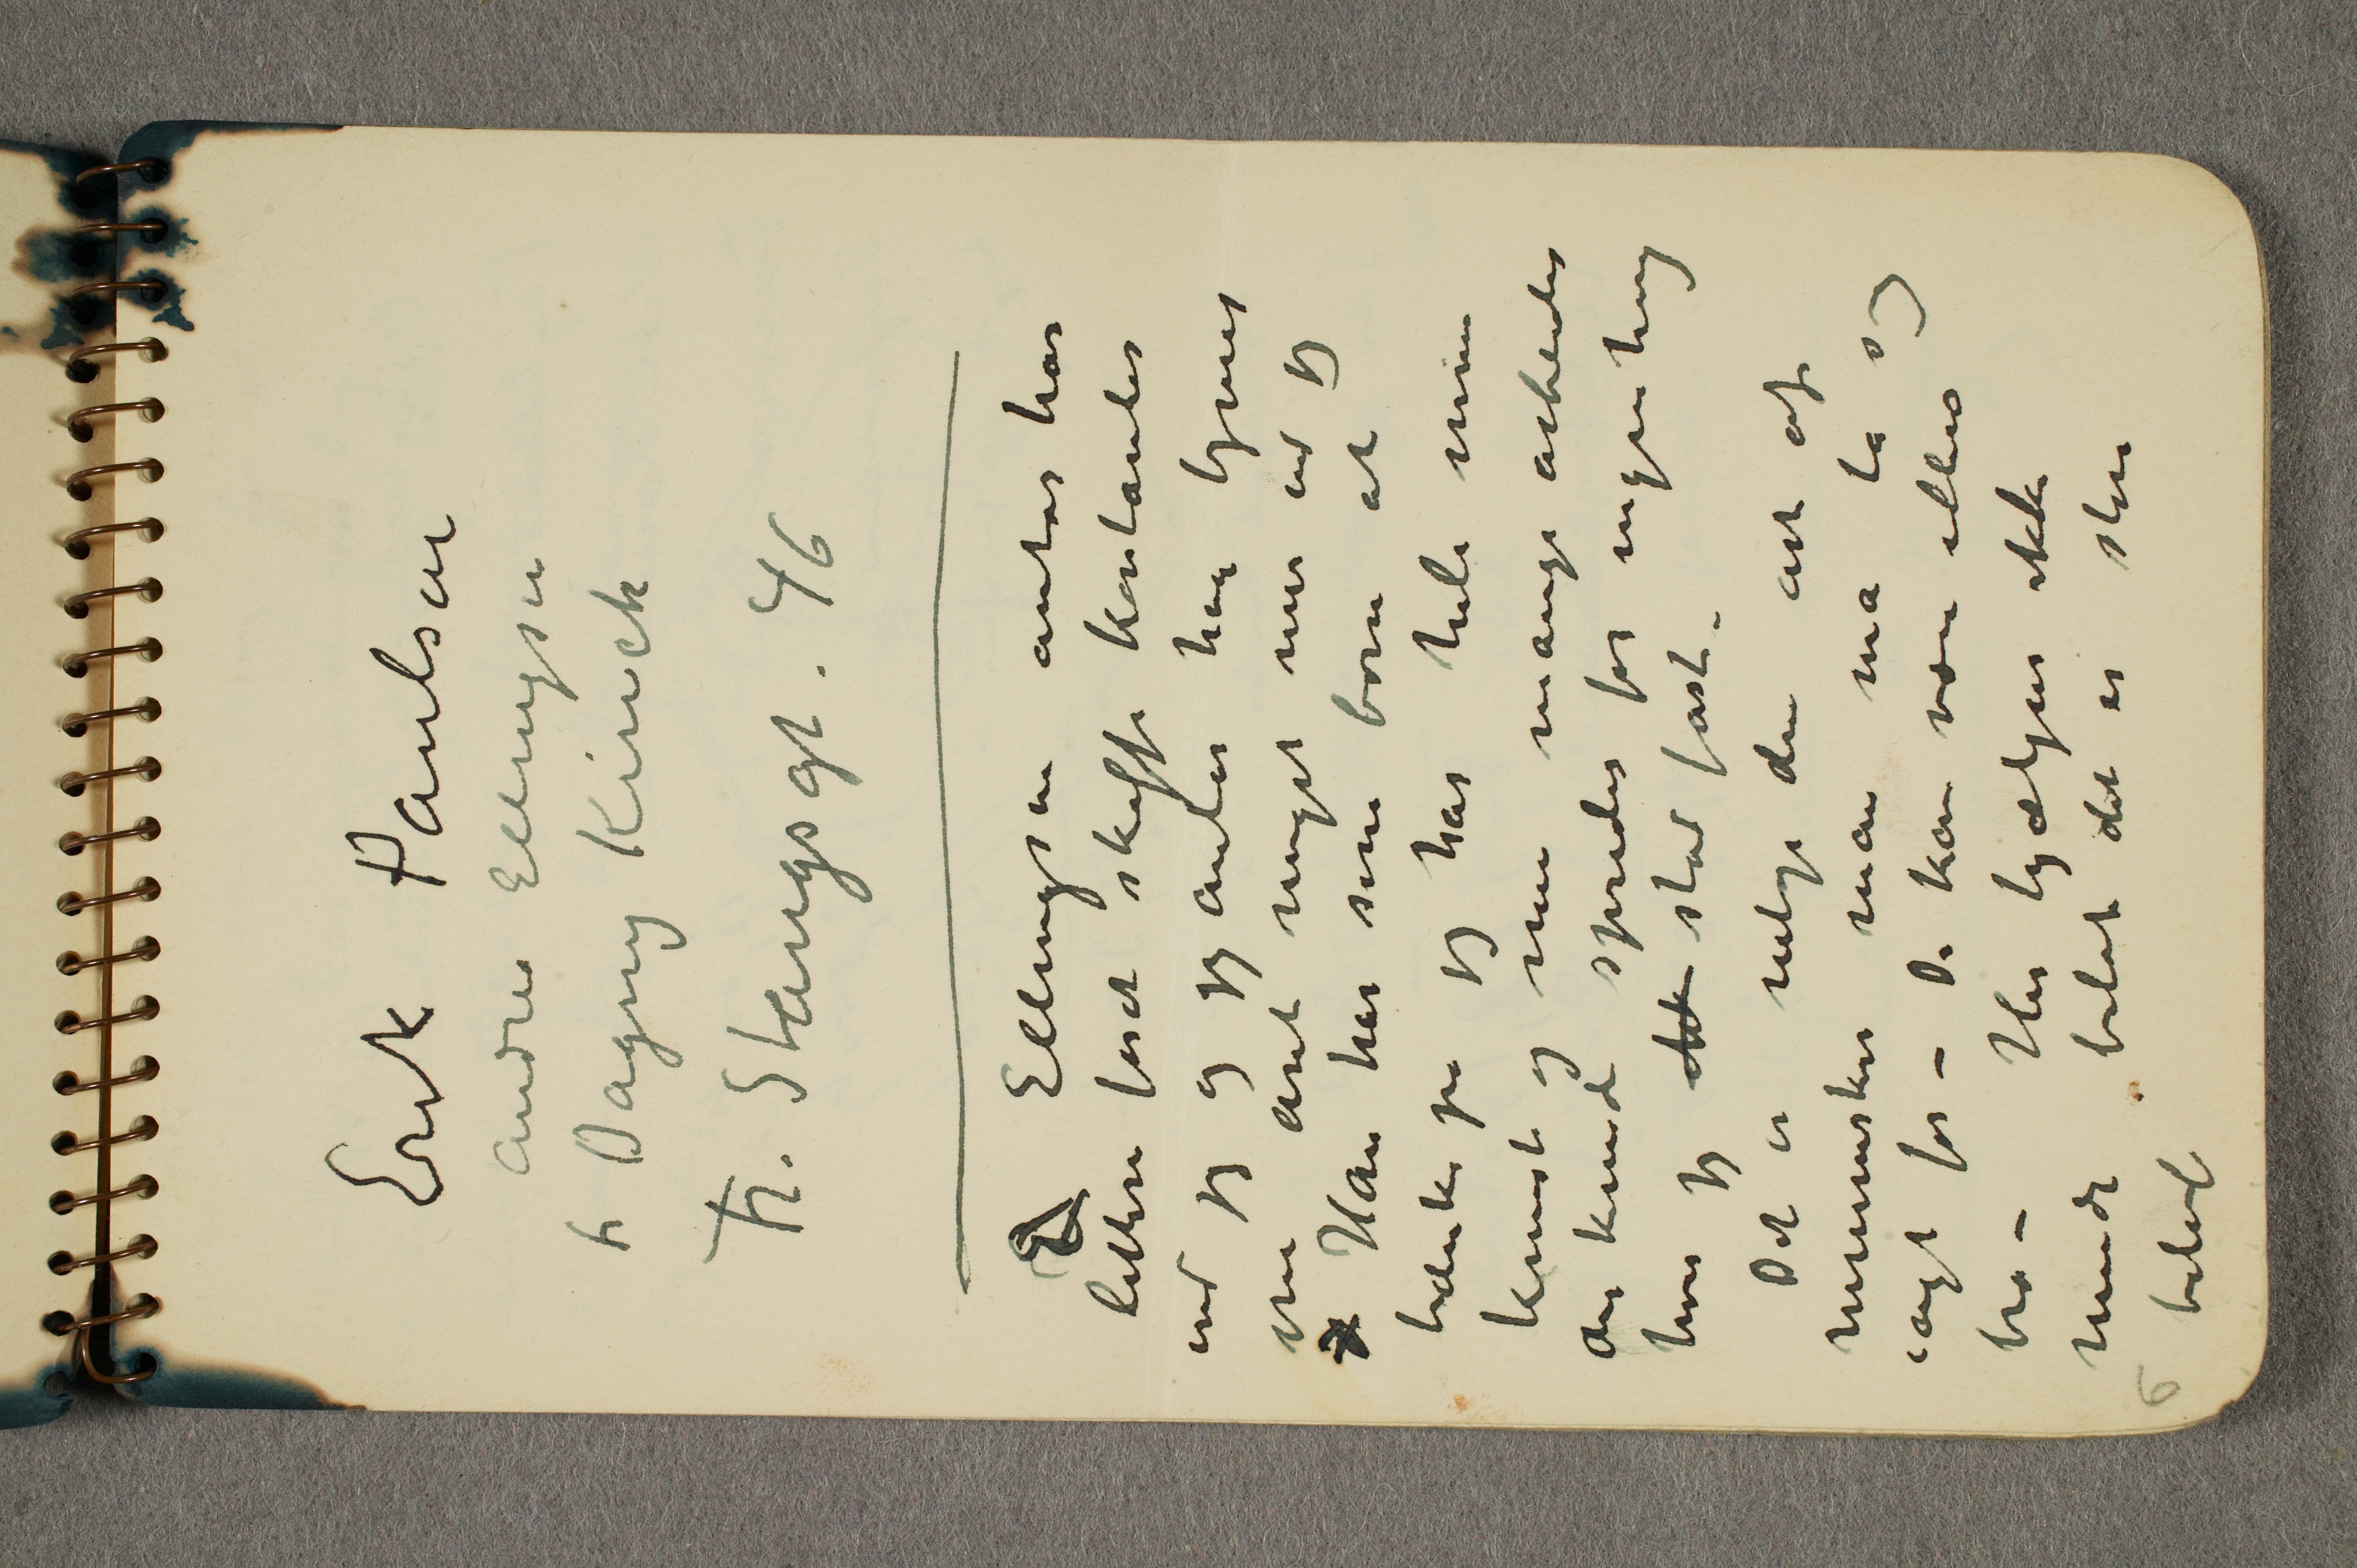
Erik Paulsen
Andrea Ellingsen
fr Dagny Kinck
Fr. Stangsgt. 46

E Ellingsen antas har
lettere forat skaffe kontanter
end jeg og jeg antar han tjener
om året noget mer end jeg
d Han har sine børn at
tænke på jeg har hele min
kunst og mine mange arbeider
der kunde spredes for ingenting
hvis jeg ikk stod fast –
Det er netop den art af
mennesker man må ta sig
iagt for – De kan være ellers
bra – Her hjælper ikke
mindreblot det er store
beløp